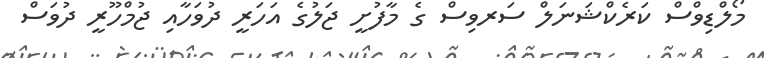
މޯލްޑިވްސް ކަރެކްޝަނަލް ސަރވިސް ގެ މާފުށީ ޖަލުގެ އަހަރީ ދުވަހާއި ޖުމްހޫރީ ދުވަސް